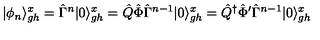
| \phi _ { n } \rangle _ { g h } ^ { x } = \hat { \Gamma } ^ { n } | 0 \rangle _ { g h } ^ { x } = \hat { Q } \hat { \Phi } \hat { \Gamma } ^ { n - 1 } | 0 \rangle _ { g h } ^ { x } = \hat { Q } ^ { \dagger } \hat { \Phi } ^ { \prime } \hat { \Gamma } ^ { n - 1 } | 0 \rangle _ { g h } ^ { x }